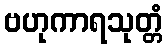
ဗဟုကာရသုတ္တံ